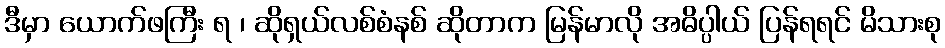
ဒီမှာ ယောက်ဖကြီး ရ ၊ ဆိုရှယ်လစ်စံနစ် ဆိုတာက မြန်မာလို အဓိပ္ပါယ် ပြန်ရရင် မိသားစု